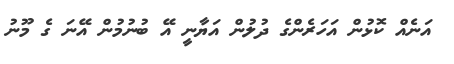
އަނެއް ކޮޅުން އަހަރެންގެ ދުލުން އަޔާނީ އޭ ބުނުމުން އޭނަ ގެ މޫނު